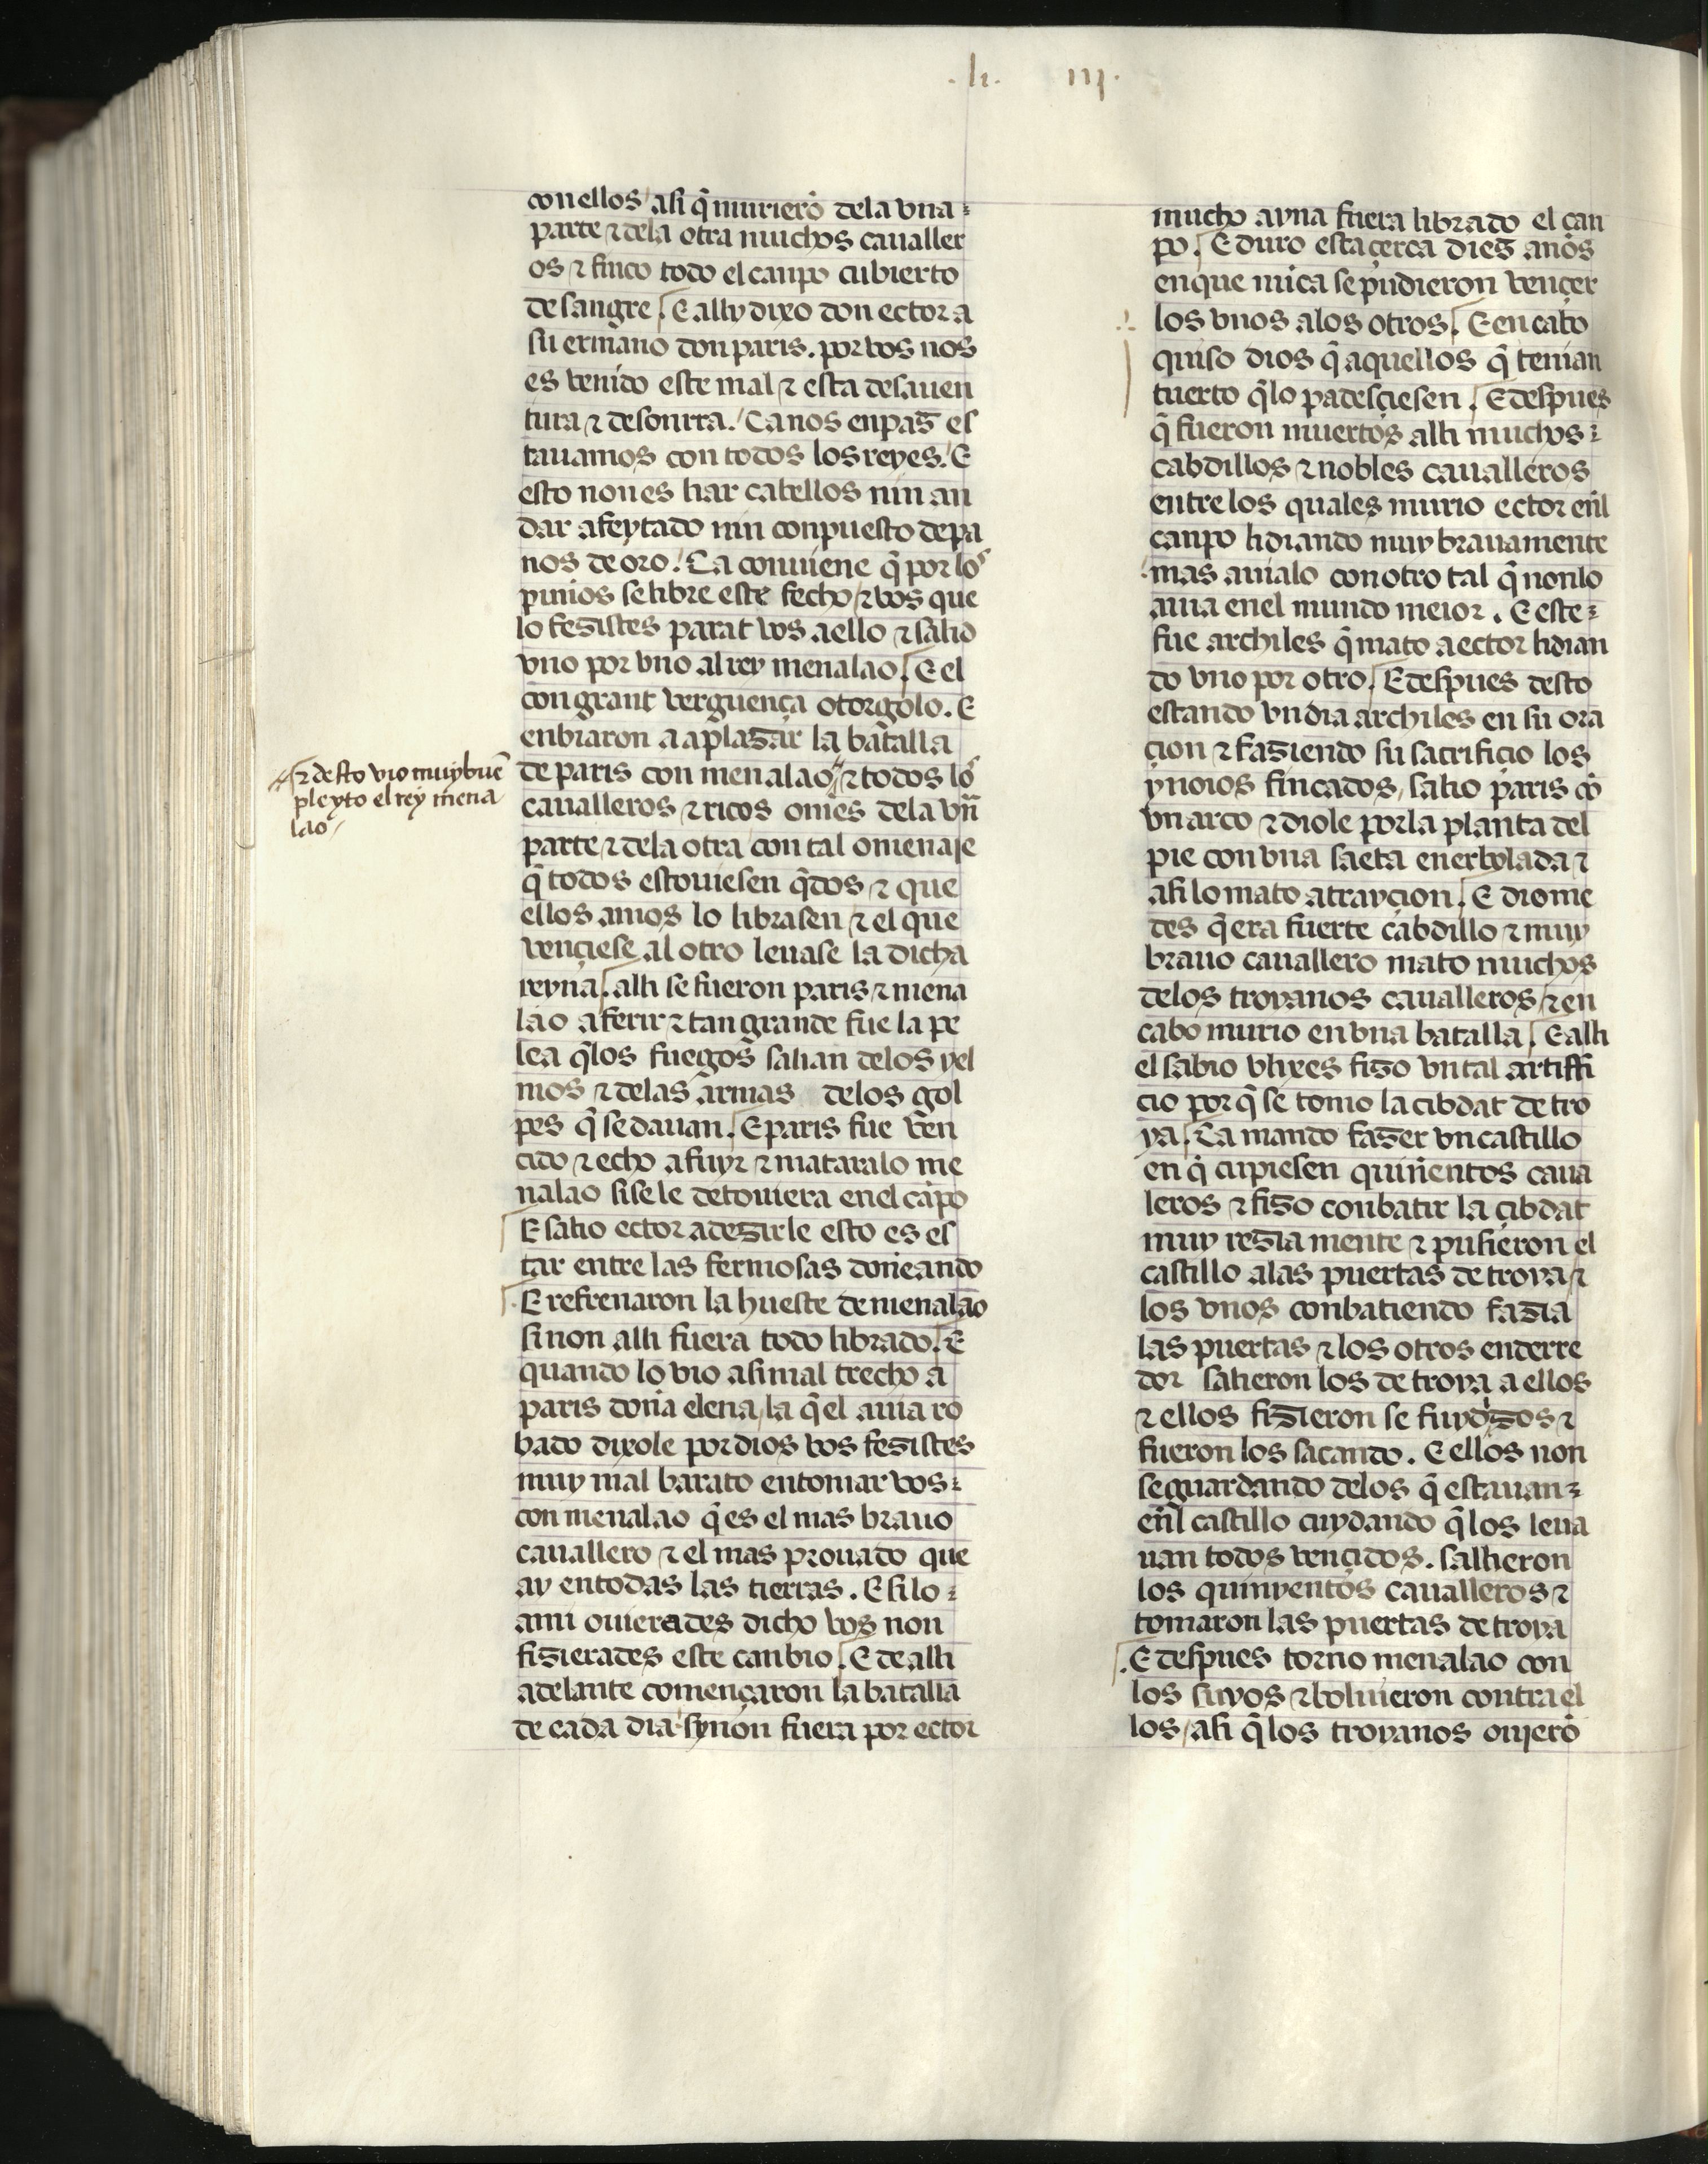
Shelfmark: Madrid, Fundación Lázaro Galdiano, mss 289
Century: 15